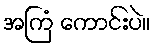
အကြံ ကောင်းပဲ။